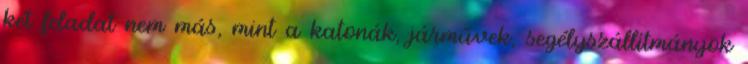
két feladat nem más, mint a katonák, járművek, segélyszállítmányok